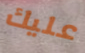
عليك